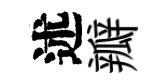
述瓣